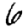
Digit: 6